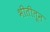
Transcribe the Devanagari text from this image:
भीतीतून